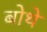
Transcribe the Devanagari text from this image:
बोथे